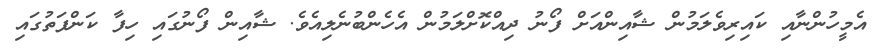
އެމީހުންނާއި ކައިރިވެލަމުން ޝާއިންއަށް ފޯނު ދިއްކޮށްލަމުން އެހެންބުނެލިއެވެ. ޝާއިން ފޯނުގައި ހިފާ ކަންފަތުގައި